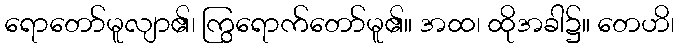
ရောတော်မူလျာ၏၊ ကြွရောက်တော်မူ၏။ အထ၊ ထိုအခါ၌။ တေဟိ၊